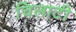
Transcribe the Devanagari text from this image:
चिलाटी